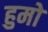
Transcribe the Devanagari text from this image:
हुमो